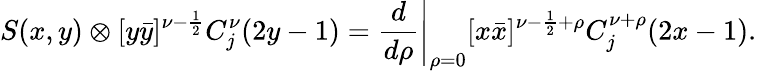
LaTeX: S(x,y)\otimes[y\bar{y}]^{\nu-\frac{1}{2}}C_{j}^{\nu}(2y-1)=\left.\frac{d}{d\rho}\right|_{\rho=0}[x\bar{x}]^{\nu-\frac{1}{2}+\rho}C_{j}^{\nu+\rho}(2x-1).